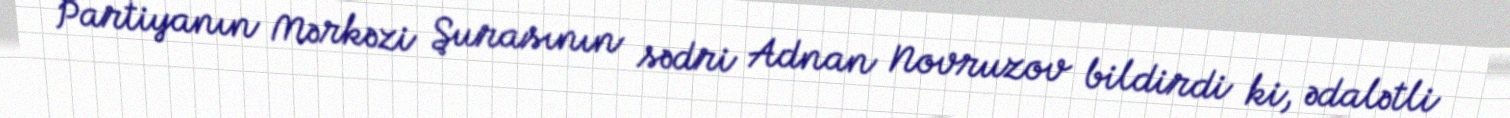
Partiyanın Mərkəzi Şurasının sədri Adnan Novruzov bildirdi ki, ədalətli